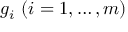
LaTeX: g _ { i } \ ( i = 1 , \ldots , m )